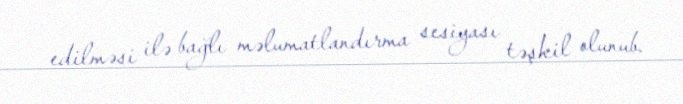
edilməsi ilə bağlı məlumatlandırma sesiyası təşkil olunub.